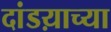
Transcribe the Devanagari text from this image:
दांडय़ाच्या